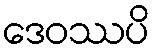
ဒေဝဿပိ